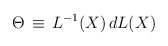
\begin{align*}\Theta \, \equiv \, L^{-1}(X) \, d L(X)\end{align*}